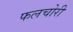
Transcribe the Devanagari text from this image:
फलचोरी